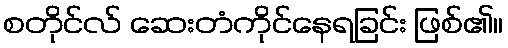
စတိုင်လ် ဆေးတံကိုင်နေရခြင်း ဖြစ်၏။